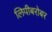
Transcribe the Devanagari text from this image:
लिपीबरोबर